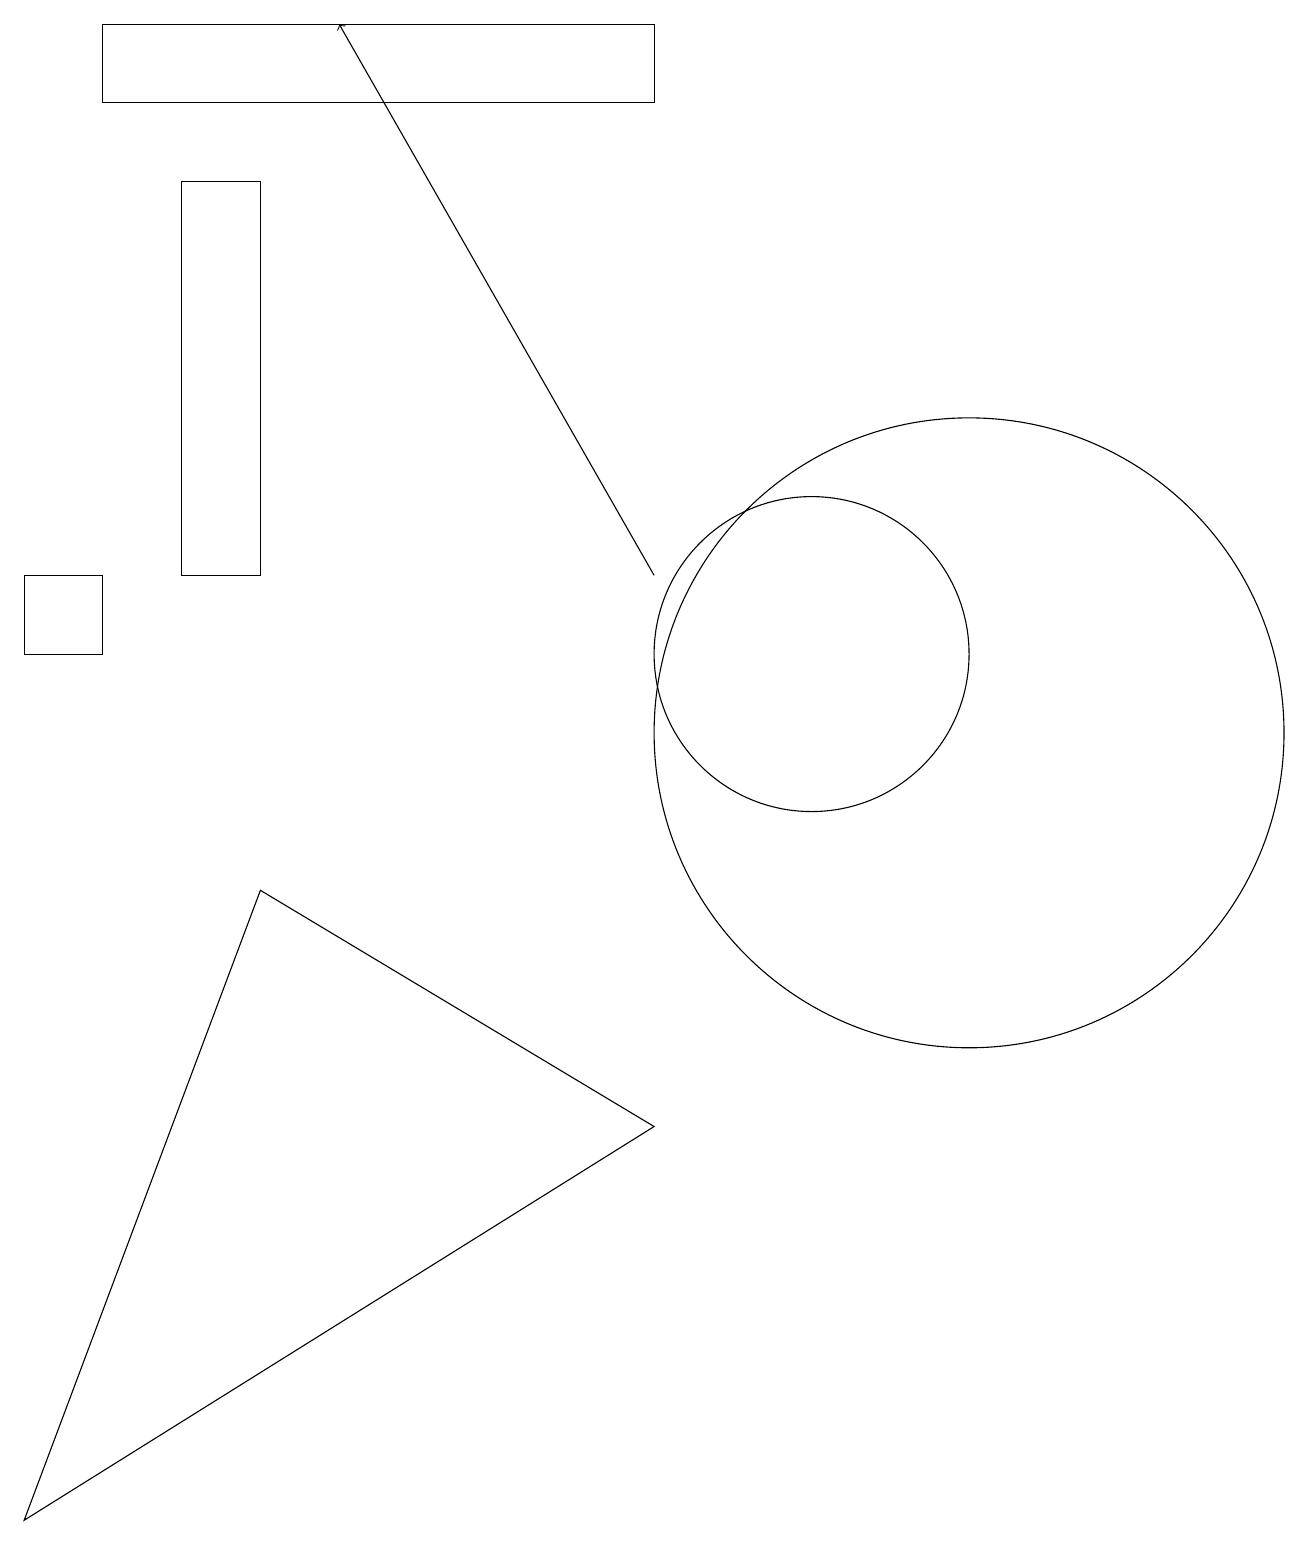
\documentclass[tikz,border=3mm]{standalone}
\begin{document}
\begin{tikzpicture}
\draw (3,8) -- (8,5) -- (0,0) -- cycle;
\draw (2,12) rectangle (3,17);
\draw[->] (8,12) -- (4,19);
\draw (12,10) circle (4);
\draw (0,11) rectangle (1,12);
\draw (10,11) circle (2);
\draw (1,18) rectangle (8,19);
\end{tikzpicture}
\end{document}